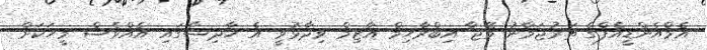
އެމްއެންޑީއެފްގެ ތަރުޖަމާނު މޭޖާ އިބްރާހިމް އާޒިމް ވިދާޅުވީ އެ ހާދިސާގައި އެއްވެސް މީހަކަށް